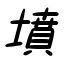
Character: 墳